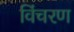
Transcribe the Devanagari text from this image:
विंचरण